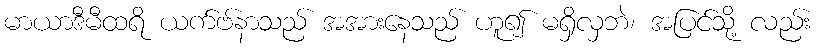
မာယာဒီမီထရိ ယက်ဗ်နာသည် အအားနေသည် ဟူ၍ မရှိလှဘဲ၊ အပြင်သို့ လည်း